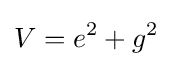
V=e^{2}+g^{2}